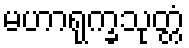
မဟာရုက္ခသုတ္တံ